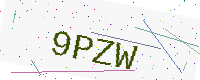
Text: 9PZW